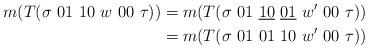
LaTeX: \begin{align*}m(T(\sigma ~01~10~w~00~\tau))&=m(T(\sigma~01~\underline{10}~\underline{01}~w'~00~\tau))\\&=m(T(\sigma~ 01~01~10~w'~00~\tau))\end{align*}